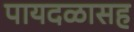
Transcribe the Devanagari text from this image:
पायदळासह